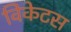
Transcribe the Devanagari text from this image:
विकेटस